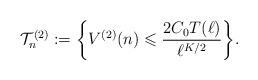
LaTeX: \begin{align*} \mathcal{T}^{(2)}_n:= \bigg\{ V^{(2)}(n) \leqslant \frac{2C_0T(\ell)}{\ell^{K/2}} \bigg\}.\end{align*}